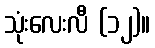
သုံးလေးလီ (၁၂)။